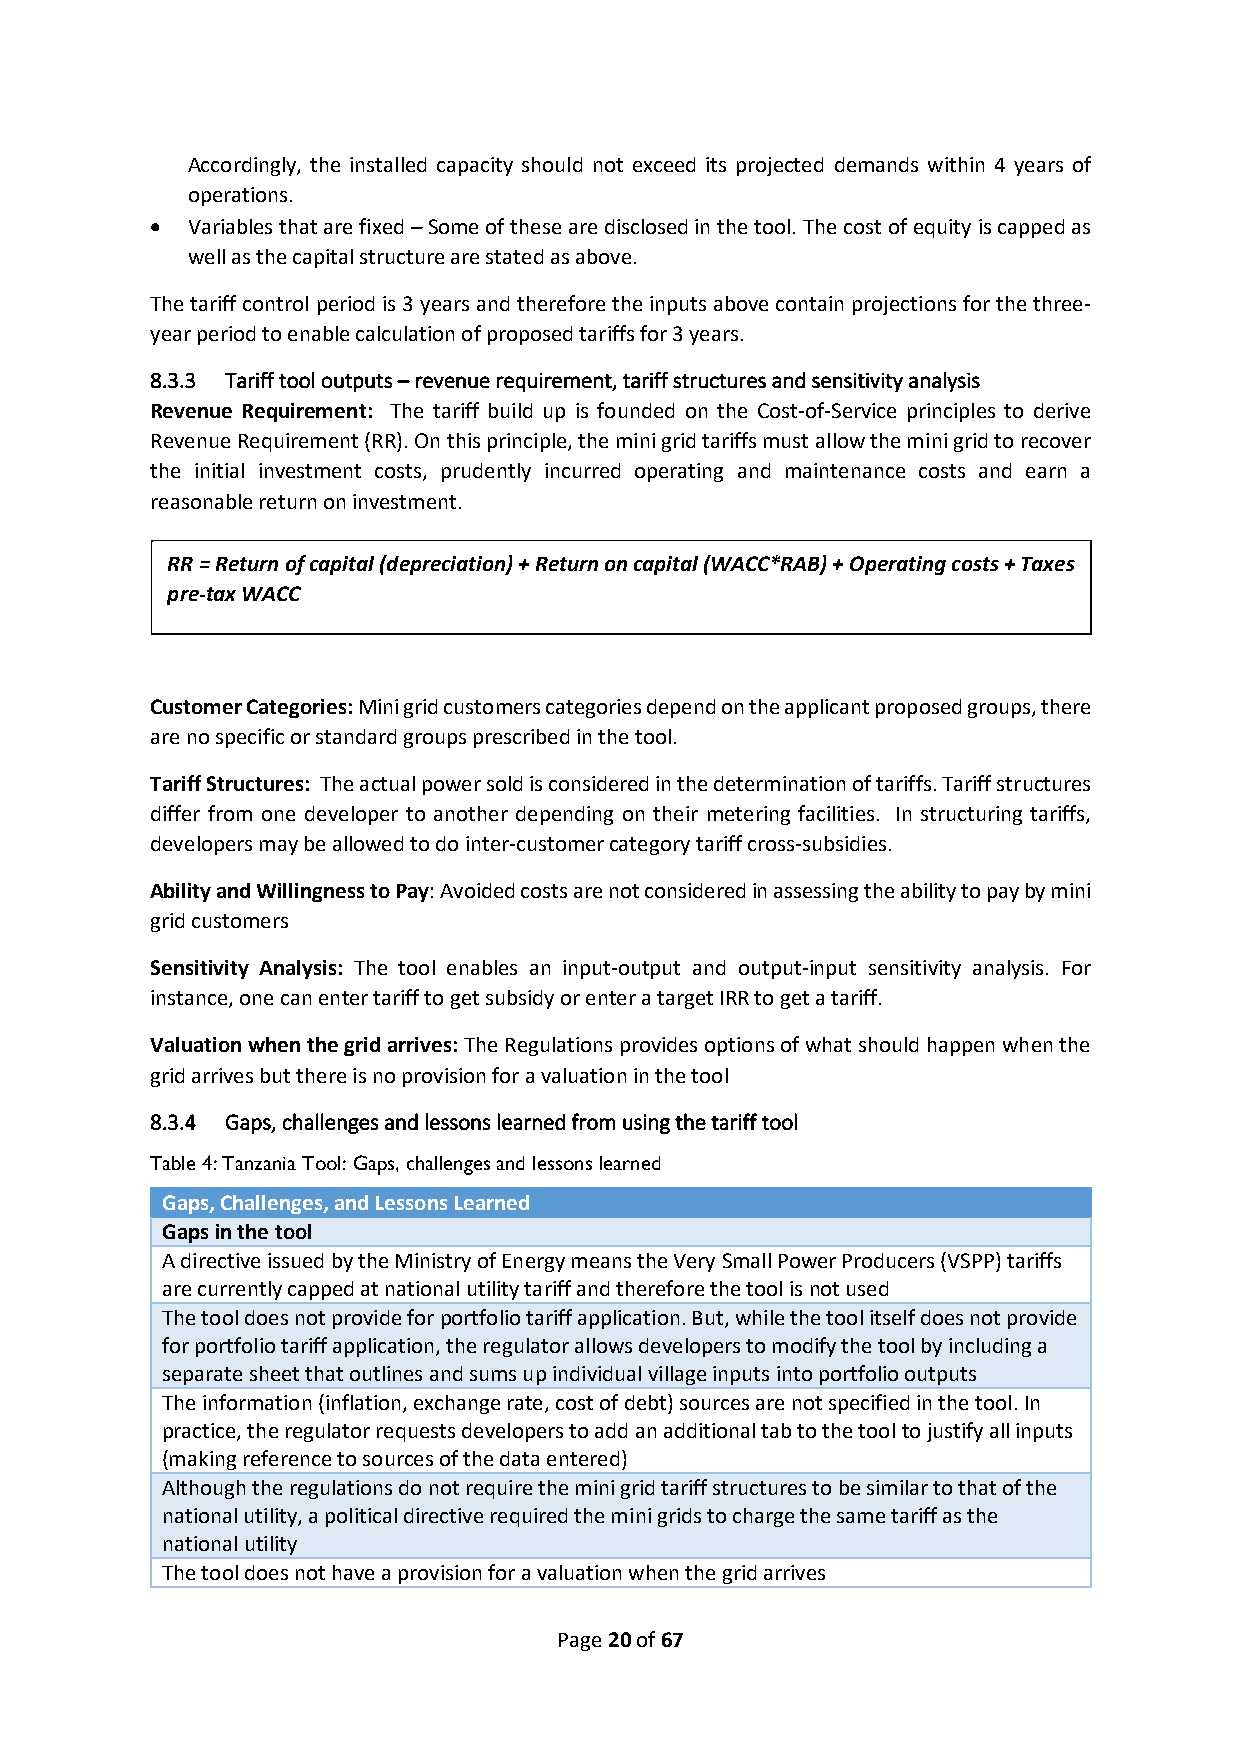
Accordingly, the installed capacity should not exceed its projected demands within 4 years of
 operations.
 • Variables that are fixed – Some of these are disclosed in the tool. The cost of equity is capped as
 well as the capital structure are stated as above.
 The tariff control period is 3 years and therefore the inputs above contain projections for the three-
 year period to enable calculation of proposed tariffs for 3 years.
 8.3.3 Tariff tool outputs – revenue requirement, tariff structures and sensitivity analysis
 Revenue Requirement: The tariff build up is founded on the Cost-of-Service principles to derive
 Revenue Requirement (RR). On this principle, the mini grid tariffs must allow the mini grid to recover
 the initial investment costs, prudently incurred operating and maintenance costs and earn a
 reasonable return on investment.
 RR = Return of capital (depreciation) + Return on capital (WACC*RAB) + Operating costs + Taxes
 pre-tax WACC
 Customer Categories: Mini grid customers categories depend on the applicant proposed groups, there
 are no specific or standard groups prescribed in the tool.
 Tariff Structures: The actual power sold is considered in the determination of tariffs. Tariff structures
 differ from one developer to another depending on their metering facilities. In structuring tariffs,
 developers may be allowed to do inter-customer category tariff cross-subsidies.
 Ability and Willingness to Pay: Avoided costs are not considered in assessing the ability to pay by mini
 grid customers
 Sensitivity Analysis: The tool enables an input-output and output-input sensitivity analysis. For
 instance, one can enter tariff to get subsidy or enter a target IRR to get a tariff.
 Valuation when the grid arrives: The Regulations provides options of what should happen when the
 grid arrives but there is no provision for a valuation in the tool
 8.3.4 Gaps, challenges and lessons learned from using the tariff tool
 Table 4: Tanzania Tool: Gaps, challenges and lessons learned
 Gaps, Challenges, and Lessons Learned
 Gaps in the tool
 A directive issued by the Ministry of Energy means the Very Small Power Producers (VSPP) tariffs
 are currently capped at national utility tariff and therefore the tool is not used
 The tool does not provide for portfolio tariff application. But, while the tool itself does not provide
 for portfolio tariff application, the regulator allows developers to modify the tool by including a
 separate sheet that outlines and sums up individual village inputs into portfolio outputs
 The information (inflation, exchange rate, cost of debt) sources are not specified in the tool. In
 practice, the regulator requests developers to add an additional tab to the tool to justify all inputs
 (making reference to sources of the data entered)
 Although the regulations do not require the mini grid tariff structures to be similar to that of the
 national utility, a political directive required the mini grids to charge the same tariff as the
 national utility
 The tool does not have a provision for a valuation when the grid arrives
 Page 20 of 67